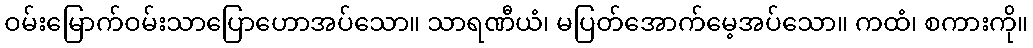
ဝမ်းမြောက်ဝမ်းသာပြောဟောအပ်သော။ သာရဏီယံ၊ မပြတ်အောက်မေ့အပ်သော။ ကထံ၊ စကားကို။